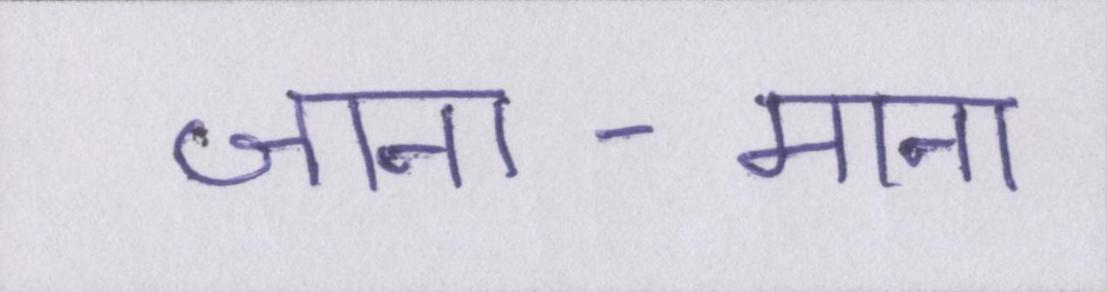
जाना-माना